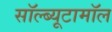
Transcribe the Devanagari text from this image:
सॉल्ब्यूटामॉल